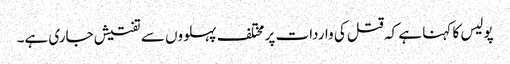
پولیس کا کہنا ہے کہ قتل کی واردات پر مختلف پہلووں سے تفتیش جاری ہے۔